Madras plague regulations in force outside the Presidency town - Volume 7
Disease focus: Plague
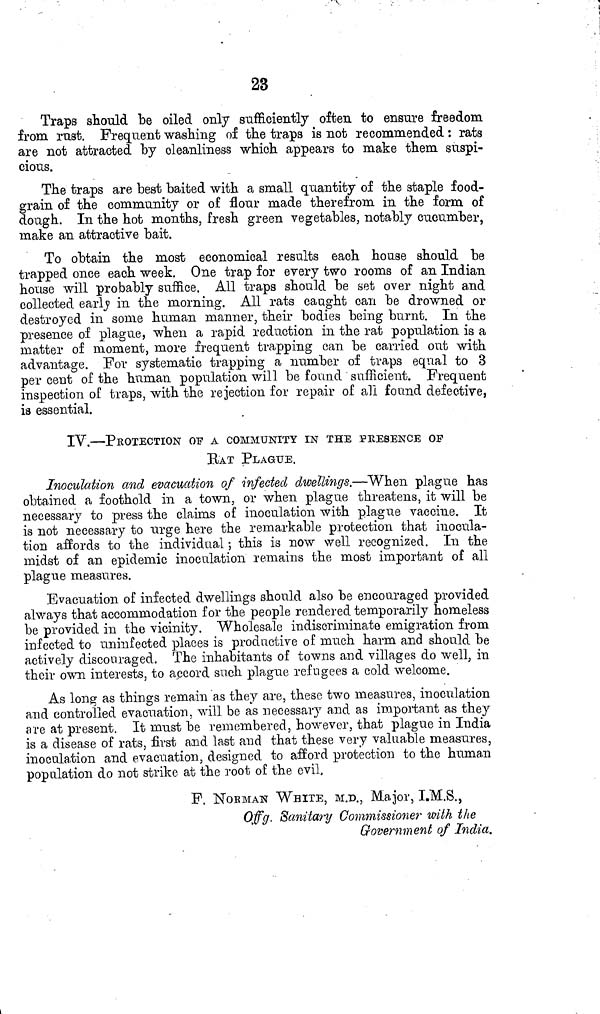
23
Traps should be oiled only sufficiently often to ensure freedom
from rast. Frequent washing of the traps is not recommended : rats
are not attracted by cleanliness which appears to make them suspi-
cious.
The traps are best baited with a small quantity of the staple food-
grain of the community or of flour made therefrom in the form of
dough. In the hot months, fresh green vegetables, notably cucumber,
make an attractive bait.
To obtain the most economical results each house should be
trapped once each week. One trap for every two rooms of an Indian
house will probably suffice. All traps should be set over night and
collected earlj> in the morning. All rats caught can be drowned or
destroyed in some human manner, their bodies being burnt. In the
presence of plague, when a rapid reduction in the rat population is a
matter of moment, more frequent trapping can be carried out with
advantage. For systematic trapping a number of traps equal to 3
per cent of the human population will be found sufficient. Frequent
inspection of traps, with the rejection for repair of all found defective,
is essential.
IV.—PEOTECTION OF A COMMUNITY IN THE PRESENCE OF
BAT PLAGUE.
Inoculation and evacuation of infected dwellings,—When plague has
obtained a foothold in a town, or when plague threatens, it will be
necessary to press the claims of inoculation with plague vaccine. It
is not necessary to urge here the remarkable protection that inocula-
tion affords to the individual ; this is now well recognized. In the
midst of an epidemic inoculation remains the most important of all
plague measures.
Evacuation of infected dwellings should also be encouraged provided
always that accommodation for the people rendered temporarily homeless
be provided in the vicinity. Wholesale indiscriminate emigration from
infected to uninfected places is productive of much harm and should be
actively discouraged. The inhabitants of towns and villages do well, in
their own interests, to accord such plague refugees a cold welcome.
As long as things remain as they are, these two measures, inoculation
and controlled evacuation, will be as necessary and as important as they
are at present. It must be remembered, however, that plague in India
is a disease of rats, first and last and that these very valuable measures,
inoculation and evacuation, designed to afford protection to the human
population do not strike at the root of the evil,
F. NOBMAN WHITE, M.D., Major, I.M.S.,
Offg. Sanitary Commissioner with the
Government of India.